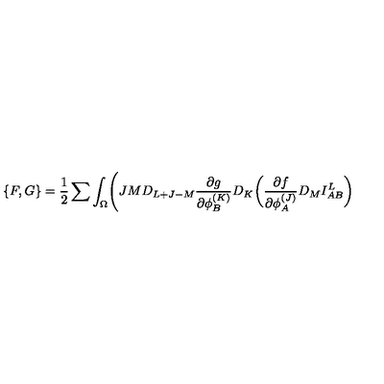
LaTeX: \{ F , G \} = { \frac { 1 } { 2 } } \sum \int _ { \Omega } \Biggl ( { \binom { J } { M } } D _ { L + J - M } { \frac { \partial g } { \partial \phi _ { B } ^ { ( K ) } } } D _ { K } \biggl ( { \frac { \partial f } { \partial \phi _ { A } ^ { ( J ) } } } D _ { M } I _ { A B } ^ { L } \biggr )